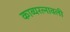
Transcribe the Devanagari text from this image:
काव्यरत्नावली